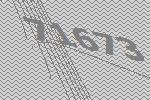
71673